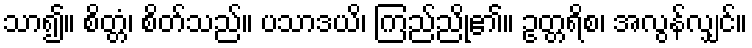
သာ၍။ စိတ္တံ၊ စိတ်သည်။ ပသာဒယိ၊ ကြည်ညို၏။ ဥတ္တရိစ၊ အလွန်လျှင်။